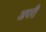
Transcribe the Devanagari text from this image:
अपरी